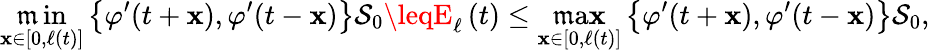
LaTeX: \operatorname*{\mathfrak{m}in}_{\mathbf{x}\in\left[0,\ell\left(t\right)\right]}\left\{ \varphi^{\prime}(t+\mathbf{x}),\varphi^{\prime}(t-\mathbf{x})\right\} \mathcal{{S}}_{0}\leqE_{\ell}\left(t\right)\leq\operatorname*{\mathfrak{m}a\mathbf{x}}_{\mathbf{x}\in\left[0,\ell\left(t\right)\right]}\left\{ \varphi^{\prime}(t+\mathbf{x}),\varphi^{\prime}(t-\mathbf{x})\right\} \mathcal{{S}}_{0},